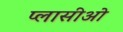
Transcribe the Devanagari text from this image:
प्लासीओ